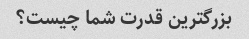
بزرگترین قدرت شما چیست؟